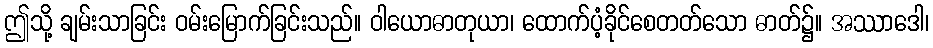
ဤသို့ ချမ်းသာခြင်း ဝမ်းမြောက်ခြင်းသည်။ ဝါယောဓာတုယာ၊ ထောက်ပံ့ခိုင်စေတတ်သော ဓာတ်၌။ အဿာဒေါ၊